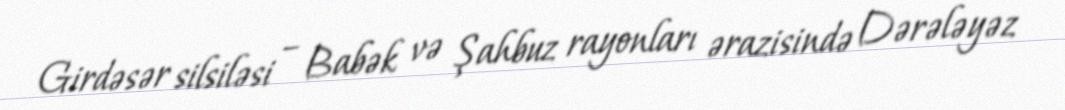
Girdəsər silsiləsi – Babək və Şahbuz rayonları ərazisində Dərələyəz